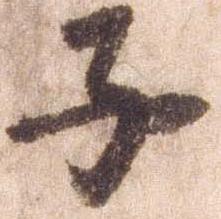
子